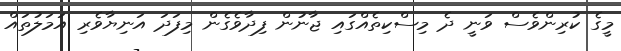
މީގެ ކުރިންވެސް ވަނީ ދެ މިސްކިތެއްގައި ޖާނުން ފިދާވެގެން މިފަދަ އަނިޔާވެރި އަމަލުތައް